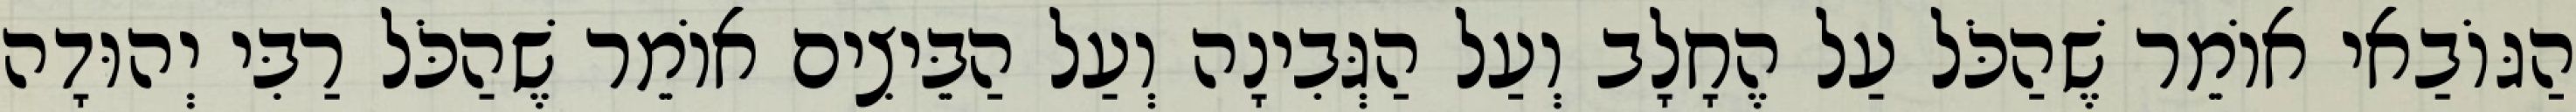
הַגּוֹבַאי אוֹמֵר שֶׁהַכֹּל עַל הֶחָלָב וְעַל הַגְּבִינָה וְעַל הַבֵּיצִים אוֹמֵר שֶׁהַכֹּל רַבִּי יְהוּדָה